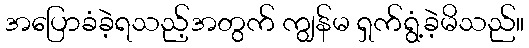
အပြောခံခဲ့ရသည့်အတွက် ကျွန်မ ရှက်ရွံ့ခဲ့မိသည်။